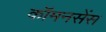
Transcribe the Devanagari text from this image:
कॉमनसेंस